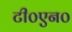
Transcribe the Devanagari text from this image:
टी०एन०